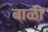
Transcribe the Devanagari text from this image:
बाळी